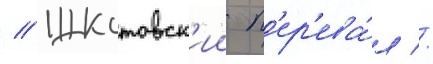
// Шкотовск'ии п'ер'ева́л //